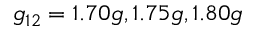
g _ { 1 2 } = 1 . 7 0 g , 1 . 7 5 g , 1 . 8 0 g